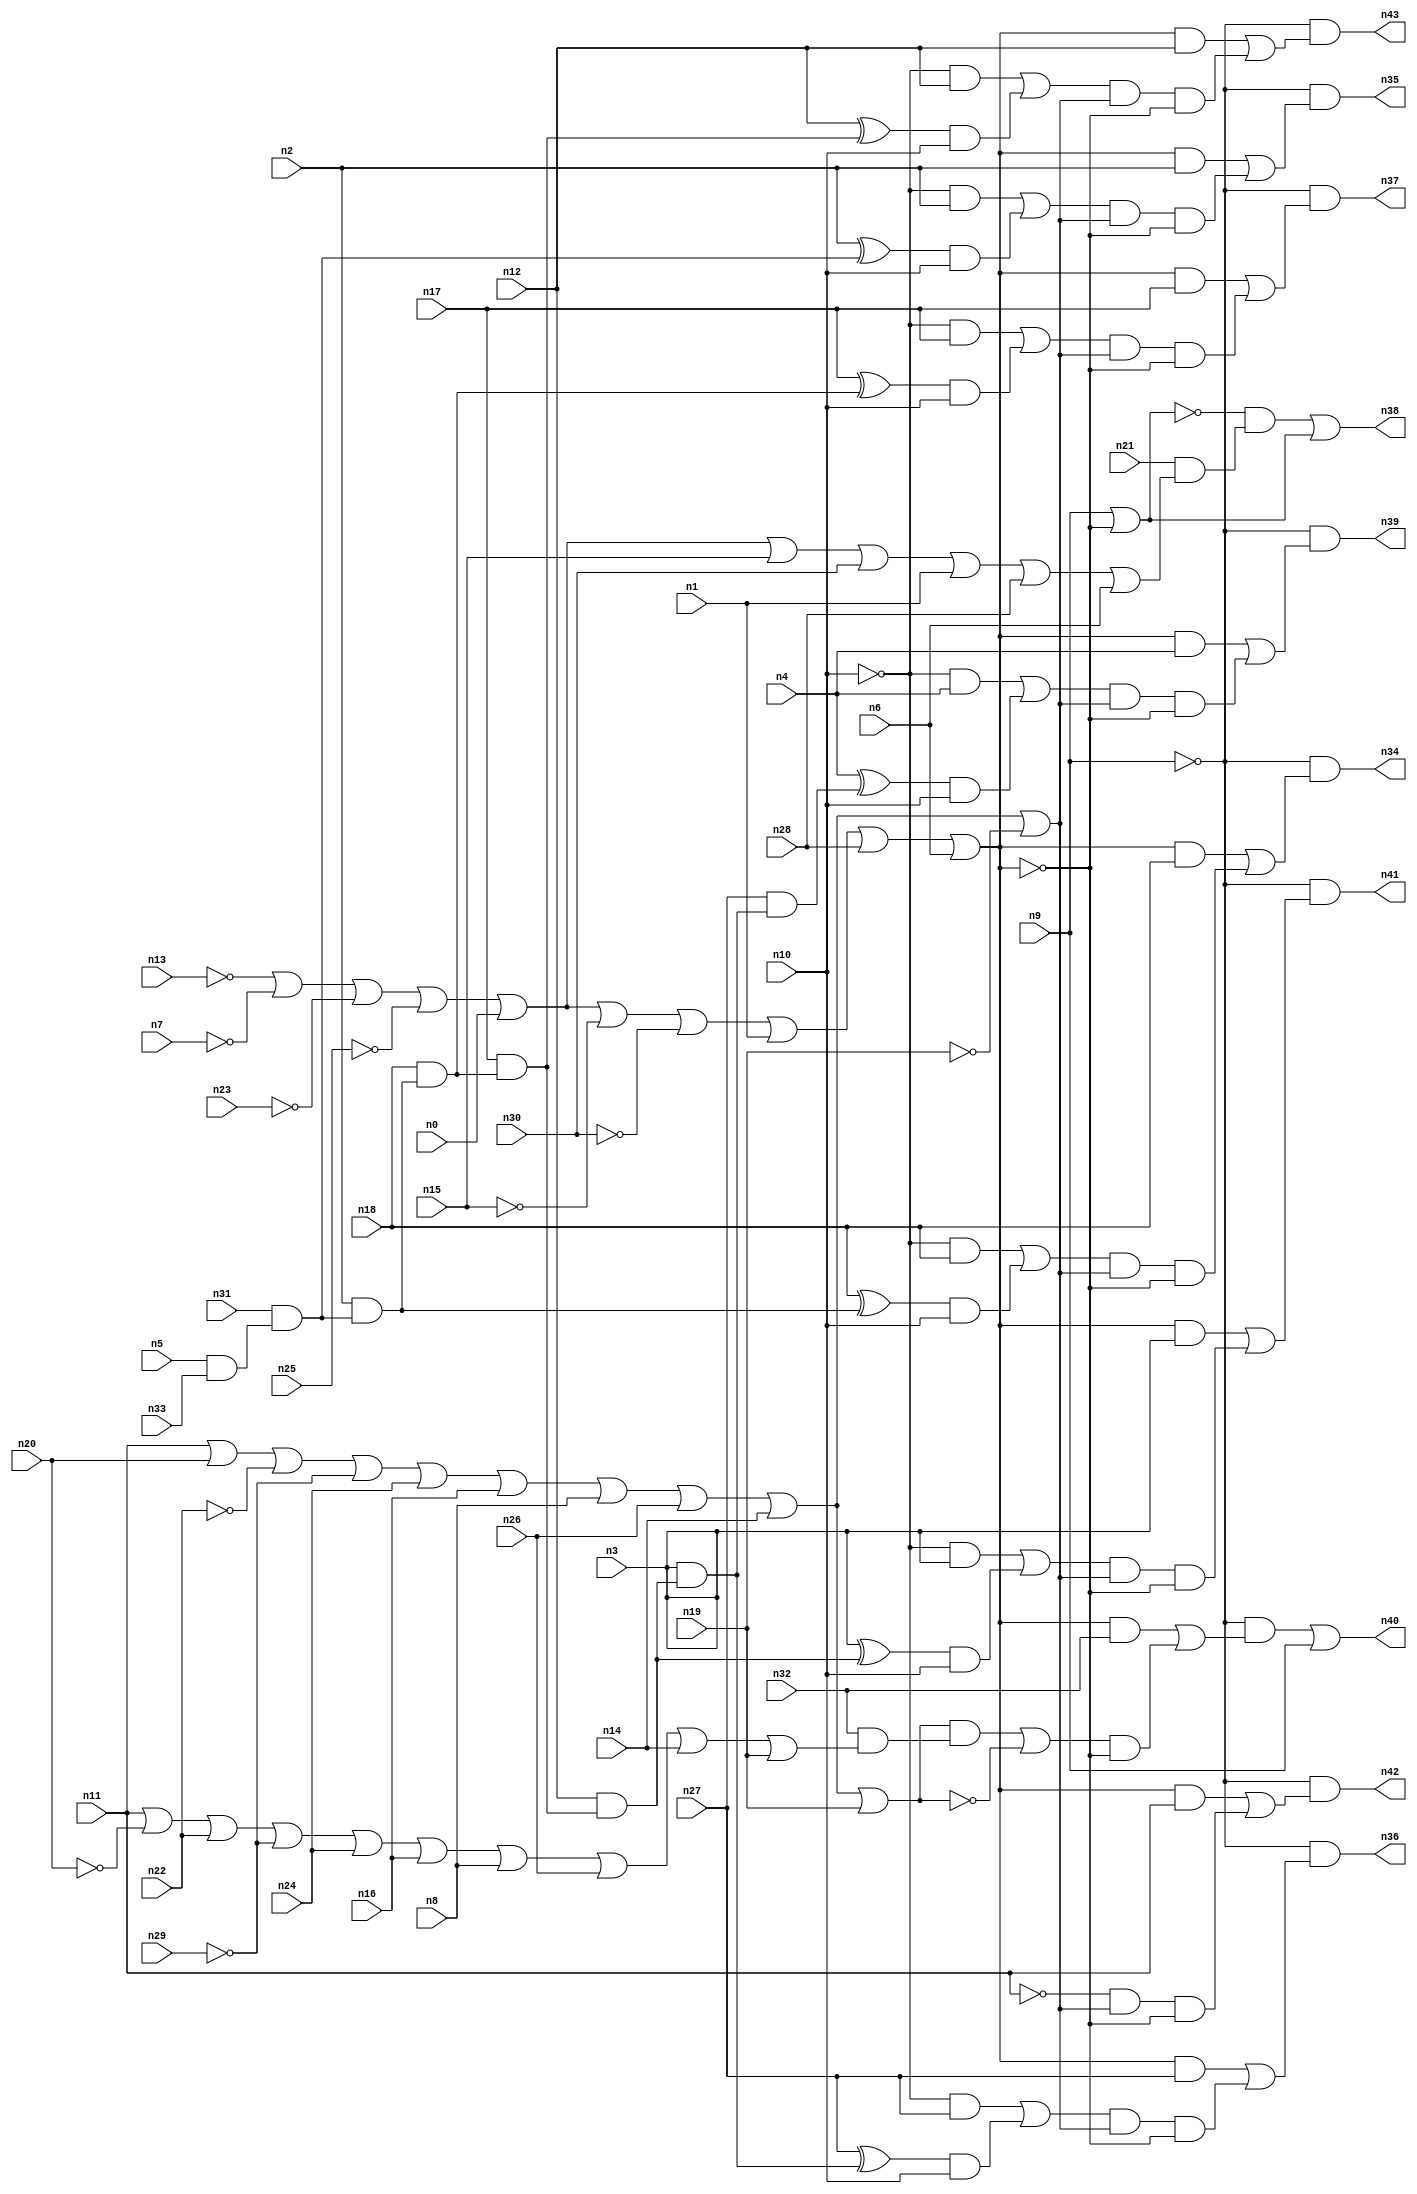
//
// Conformal-LEC Version 16.10-d160 ( 04-Jul-2016 ) ( 64 bit executable )
//
module top ( n0 , n1 , n2 , n3 , n4 , n5 , n6 , n7 , n8 , n9 , n10 , n11 , n12 , n13 , n14 , n15 , n16 , n17 , n18 , n19 , n20 , n21 , n22 , n23 , n24 , n25 , n26 , n27 , n28 , n29 , n30 , n31 , n32 , n33 , n34 , n35 , n36 , n37 , n38 , n39 , n40 , n41 , n42 , n43 );
input n0 , n1 , n2 , n3 , n4 , n5 , n6 , n7 , n8 , n9 , n10 , n11 , n12 , n13 , n14 , n15 , n16 , n17 , n18 , n19 , n20 , n21 , n22 , n23 , n24 , n25 , n26 , n27 , n28 , n29 , n30 , n31 , n32 , n33 ;
output n34 , n35 , n36 , n37 , n38 , n39 , n40 , n41 , n42 , n43 ;

wire n88 , n89 , n90 , n91 , n92 , n93 , n94 , n95 , n96 , 
     n97 , n98 , n99 , n100 , n101 , n102 , n103 , n104 , n105 , n106 , 
     n107 , n108 , n109 , n110 , n111 , n112 , n113 , n114 , n115 , n116 , 
     n117 , n118 , n119 , n120 , n121 , n122 , n123 , n124 , n125 , n126 , 
     n127 , n128 , n129 , n130 , n131 , n132 , n133 , n134 , n135 , n136 , 
     n137 , n138 , n139 , n140 , n141 , n142 , n143 , n144 , n145 , n146 , 
     n147 , n148 , n149 , n150 , n151 , n152 , n153 , n154 , n155 , n156 , 
     n157 , n158 , n159 , n160 , n161 , n162 , n163 , n164 , n165 , n166 , 
     n167 , n168 , n169 , n170 , n171 , n172 , n173 , n174 , n175 , n176 , 
     n177 , n178 , n179 , n180 , n181 , n182 , n183 , n184 , n185 , n186 , 
     n187 , n188 , n189 , n190 , n191 , n192 , n193 , n194 , n195 , n196 , 
     n197 , n198 , n199 , n200 , n201 , n202 , n203 , n204 , n205 , n206 , 
     n207 , n208 , n209 , n210 , n211 , n212 , n213 , n214 , n215 , n216 , 
     n217 , n218 , n219 , n220 , n221 , n222 , n223 , n224 , n225 , n226 , 
     n227 , n228 , n229 , n230 , n231 , n232 , n233 , n234 , n235 , n236 , 
     n237 , n238 , n239 , n240 , n241 , n242 , n243 , n244 , n245 , n246 , 
     n247 , n248 , n249 , n250 , n251 , n252 , n253 , n254 , n255 , n256 , 
     n257 , n258 , n259 , n260 , n261 , n262 , n263 , n264 , n265 , n266 , 
     n267 , n268 , n269 , n270 , n271 , n272 , n273 , n274 , n275 , n276 , 
     n277 , n278 , n279 , n280 , n281 , n282 , n283 , n284 , n285 , n286 , 
     n287 , n288 , n289 , n290 , n291 , n292 , n293 , n294 , n295 , n296 , 
     n297 , n298 , n299 , n300 , n301 , n302 , n303 , n304 , n305 , n306 , 
     n307 , n308 , n309 , n310 , n311 , n312 , n313 , n314 , n315 , n316 , 
     n317 , n318 , n319 , n320 , n321 , n322 , n323 , n324 , n325 , n326 , 
     n327 , n328 , n329 , n330 , n331 , n332 , n333 , n334 , n335 , n336 , 
     n337 , n338 , n339 , n340 , n341 , n342 , n343 , n344 , n345 , n346 , 
     n347 , n348 , n349 , n350 , n351 , n352 , n353 , n354 , n355 , n356 , 
     n357 ;
buf ( n39 , n204 );
buf ( n36 , n221 );
buf ( n41 , n238 );
buf ( n43 , n255 );
buf ( n37 , n272 );
buf ( n34 , n289 );
buf ( n35 , n306 );
buf ( n38 , n316 );
buf ( n40 , n335 );
buf ( n42 , n349 );
buf ( n125 , n4 );
buf ( n126 , n27 );
buf ( n127 , n3 );
buf ( n128 , n12 );
buf ( n129 , n17 );
buf ( n130 , n18 );
buf ( n131 , n2 );
buf ( n132 , n31 );
buf ( n133 , n5 );
buf ( n134 , n33 );
buf ( n135 , n10 );
buf ( n136 , n11 );
buf ( n137 , n20 );
buf ( n138 , n22 );
buf ( n139 , n29 );
buf ( n140 , n24 );
buf ( n141 , n16 );
buf ( n142 , n8 );
buf ( n143 , n26 );
buf ( n144 , n14 );
buf ( n145 , n19 );
buf ( n146 , n13 );
buf ( n147 , n7 );
buf ( n148 , n23 );
buf ( n149 , n25 );
buf ( n150 , n0 );
buf ( n151 , n15 );
buf ( n152 , n30 );
buf ( n153 , n1 );
buf ( n154 , n28 );
buf ( n155 , n6 );
buf ( n156 , n9 );
buf ( n157 , n21 );
buf ( n158 , n32 );
not ( n159 , n156 );
not ( n160 , n146 );
not ( n161 , n147 );
not ( n162 , n148 );
not ( n163 , n149 );
not ( n164 , n151 );
not ( n165 , n152 );
nor ( n166 , n160 , n161 , n162 , n163 , n150 , n164 , n165 , n153 , n154 , n155 );
not ( n167 , n166 );
and ( n168 , n167 , n125 );
not ( n169 , n135 );
and ( n170 , n169 , n125 );
buf ( n171 , n125 );
buf ( n172 , n126 );
buf ( n173 , n127 );
buf ( n174 , n128 );
buf ( n175 , n129 );
buf ( n176 , n130 );
buf ( n177 , n131 );
buf ( n178 , n132 );
buf ( n179 , n133 );
buf ( n180 , n134 );
and ( n181 , n179 , n180 );
and ( n182 , n178 , n181 );
and ( n183 , n177 , n182 );
and ( n184 , n176 , n183 );
and ( n185 , n175 , n184 );
and ( n186 , n174 , n185 );
and ( n187 , n173 , n186 );
and ( n188 , n172 , n187 );
xor ( n189 , n171 , n188 );
buf ( n190 , n189 );
and ( n191 , n190 , n135 );
or ( n192 , n170 , n191 );
not ( n193 , n138 );
not ( n194 , n139 );
not ( n195 , n145 );
or ( n196 , n136 , n137 , n193 , n194 , n140 , n141 , n142 , n143 , n144 , n195 );
and ( n197 , n192 , n196 );
or ( n198 , 1'b0 , n197 );
and ( n199 , n198 , n166 );
or ( n200 , n168 , n199 );
and ( n201 , n159 , n200 );
or ( n202 , n201 , 1'b0 );
buf ( n203 , n202 );
buf ( n204 , n203 );
not ( n205 , n156 );
not ( n206 , n166 );
and ( n207 , n206 , n126 );
not ( n208 , n135 );
and ( n209 , n208 , n126 );
xor ( n210 , n172 , n187 );
buf ( n211 , n210 );
and ( n212 , n211 , n135 );
or ( n213 , n209 , n212 );
and ( n214 , n213 , n196 );
or ( n215 , 1'b0 , n214 );
and ( n216 , n215 , n166 );
or ( n217 , n207 , n216 );
and ( n218 , n205 , n217 );
or ( n219 , n218 , 1'b0 );
buf ( n220 , n219 );
buf ( n221 , n220 );
not ( n222 , n156 );
not ( n223 , n166 );
and ( n224 , n223 , n127 );
not ( n225 , n135 );
and ( n226 , n225 , n127 );
xor ( n227 , n173 , n186 );
buf ( n228 , n227 );
and ( n229 , n228 , n135 );
or ( n230 , n226 , n229 );
and ( n231 , n230 , n196 );
or ( n232 , 1'b0 , n231 );
and ( n233 , n232 , n166 );
or ( n234 , n224 , n233 );
and ( n235 , n222 , n234 );
or ( n236 , n235 , 1'b0 );
buf ( n237 , n236 );
buf ( n238 , n237 );
not ( n239 , n156 );
not ( n240 , n166 );
and ( n241 , n240 , n128 );
not ( n242 , n135 );
and ( n243 , n242 , n128 );
xor ( n244 , n174 , n185 );
buf ( n245 , n244 );
and ( n246 , n245 , n135 );
or ( n247 , n243 , n246 );
and ( n248 , n247 , n196 );
or ( n249 , 1'b0 , n248 );
and ( n250 , n249 , n166 );
or ( n251 , n241 , n250 );
and ( n252 , n239 , n251 );
or ( n253 , n252 , 1'b0 );
buf ( n254 , n253 );
buf ( n255 , n254 );
not ( n256 , n156 );
not ( n257 , n166 );
and ( n258 , n257 , n129 );
not ( n259 , n135 );
and ( n260 , n259 , n129 );
xor ( n261 , n175 , n184 );
buf ( n262 , n261 );
and ( n263 , n262 , n135 );
or ( n264 , n260 , n263 );
and ( n265 , n264 , n196 );
or ( n266 , 1'b0 , n265 );
and ( n267 , n266 , n166 );
or ( n268 , n258 , n267 );
and ( n269 , n256 , n268 );
or ( n270 , n269 , 1'b0 );
buf ( n271 , n270 );
buf ( n272 , n271 );
not ( n273 , n156 );
not ( n274 , n166 );
and ( n275 , n274 , n130 );
not ( n276 , n135 );
and ( n277 , n276 , n130 );
xor ( n278 , n176 , n183 );
buf ( n279 , n278 );
and ( n280 , n279 , n135 );
or ( n281 , n277 , n280 );
and ( n282 , n281 , n196 );
or ( n283 , 1'b0 , n282 );
and ( n284 , n283 , n166 );
or ( n285 , n275 , n284 );
and ( n286 , n273 , n285 );
or ( n287 , n286 , 1'b0 );
buf ( n288 , n287 );
buf ( n289 , n288 );
not ( n290 , n156 );
not ( n291 , n166 );
and ( n292 , n291 , n131 );
not ( n293 , n135 );
and ( n294 , n293 , n131 );
xor ( n295 , n177 , n182 );
buf ( n296 , n295 );
and ( n297 , n296 , n135 );
or ( n298 , n294 , n297 );
and ( n299 , n298 , n196 );
or ( n300 , 1'b0 , n299 );
and ( n301 , n300 , n166 );
or ( n302 , n292 , n301 );
and ( n303 , n290 , n302 );
or ( n304 , n303 , 1'b0 );
buf ( n305 , n304 );
buf ( n306 , n305 );
or ( n307 , n156 , n166 );
not ( n308 , n307 );
nor ( n309 , n160 , n161 , n162 , n163 , n150 , n151 , n152 , n153 , n154 , n155 );
not ( n310 , n309 );
and ( n311 , n157 , n310 );
and ( n312 , n308 , n311 );
and ( n313 , 1'b1 , n307 );
or ( n314 , n312 , n313 );
buf ( n315 , n314 );
buf ( n316 , n315 );
not ( n317 , n156 );
not ( n318 , n166 );
and ( n319 , n318 , n158 );
nor ( n320 , n136 , n137 , n193 , n194 , n140 , n141 , n142 , n143 , n144 , n145 );
not ( n321 , n320 );
not ( n322 , n137 );
nor ( n323 , n136 , n322 , n138 , n194 , n140 , n141 , n142 , n143 , n144 , n145 );
not ( n324 , n323 );
and ( n325 , n158 , n324 );
and ( n326 , n321 , n325 );
and ( n327 , 1'b1 , n320 );
or ( n328 , n326 , n327 );
and ( n329 , n328 , n166 );
or ( n330 , n319 , n329 );
and ( n331 , n317 , n330 );
and ( n332 , 1'b1 , n156 );
or ( n333 , n331 , n332 );
buf ( n334 , n333 );
buf ( n335 , n334 );
not ( n336 , n156 );
not ( n337 , n166 );
and ( n338 , n337 , n136 );
buf ( n339 , n136 );
not ( n340 , n339 );
buf ( n341 , n340 );
and ( n342 , n341 , n196 );
or ( n343 , 1'b0 , n342 );
and ( n344 , n343 , n166 );
or ( n345 , n338 , n344 );
and ( n346 , n336 , n345 );
or ( n347 , n346 , 1'b0 );
buf ( n348 , n347 );
buf ( n349 , n348 );
not ( n350 , n196 );
not ( n351 , n196 );
not ( n352 , n196 );
not ( n353 , n196 );
not ( n354 , n196 );
not ( n355 , n196 );
not ( n356 , n196 );
not ( n357 , n196 );
endmodule